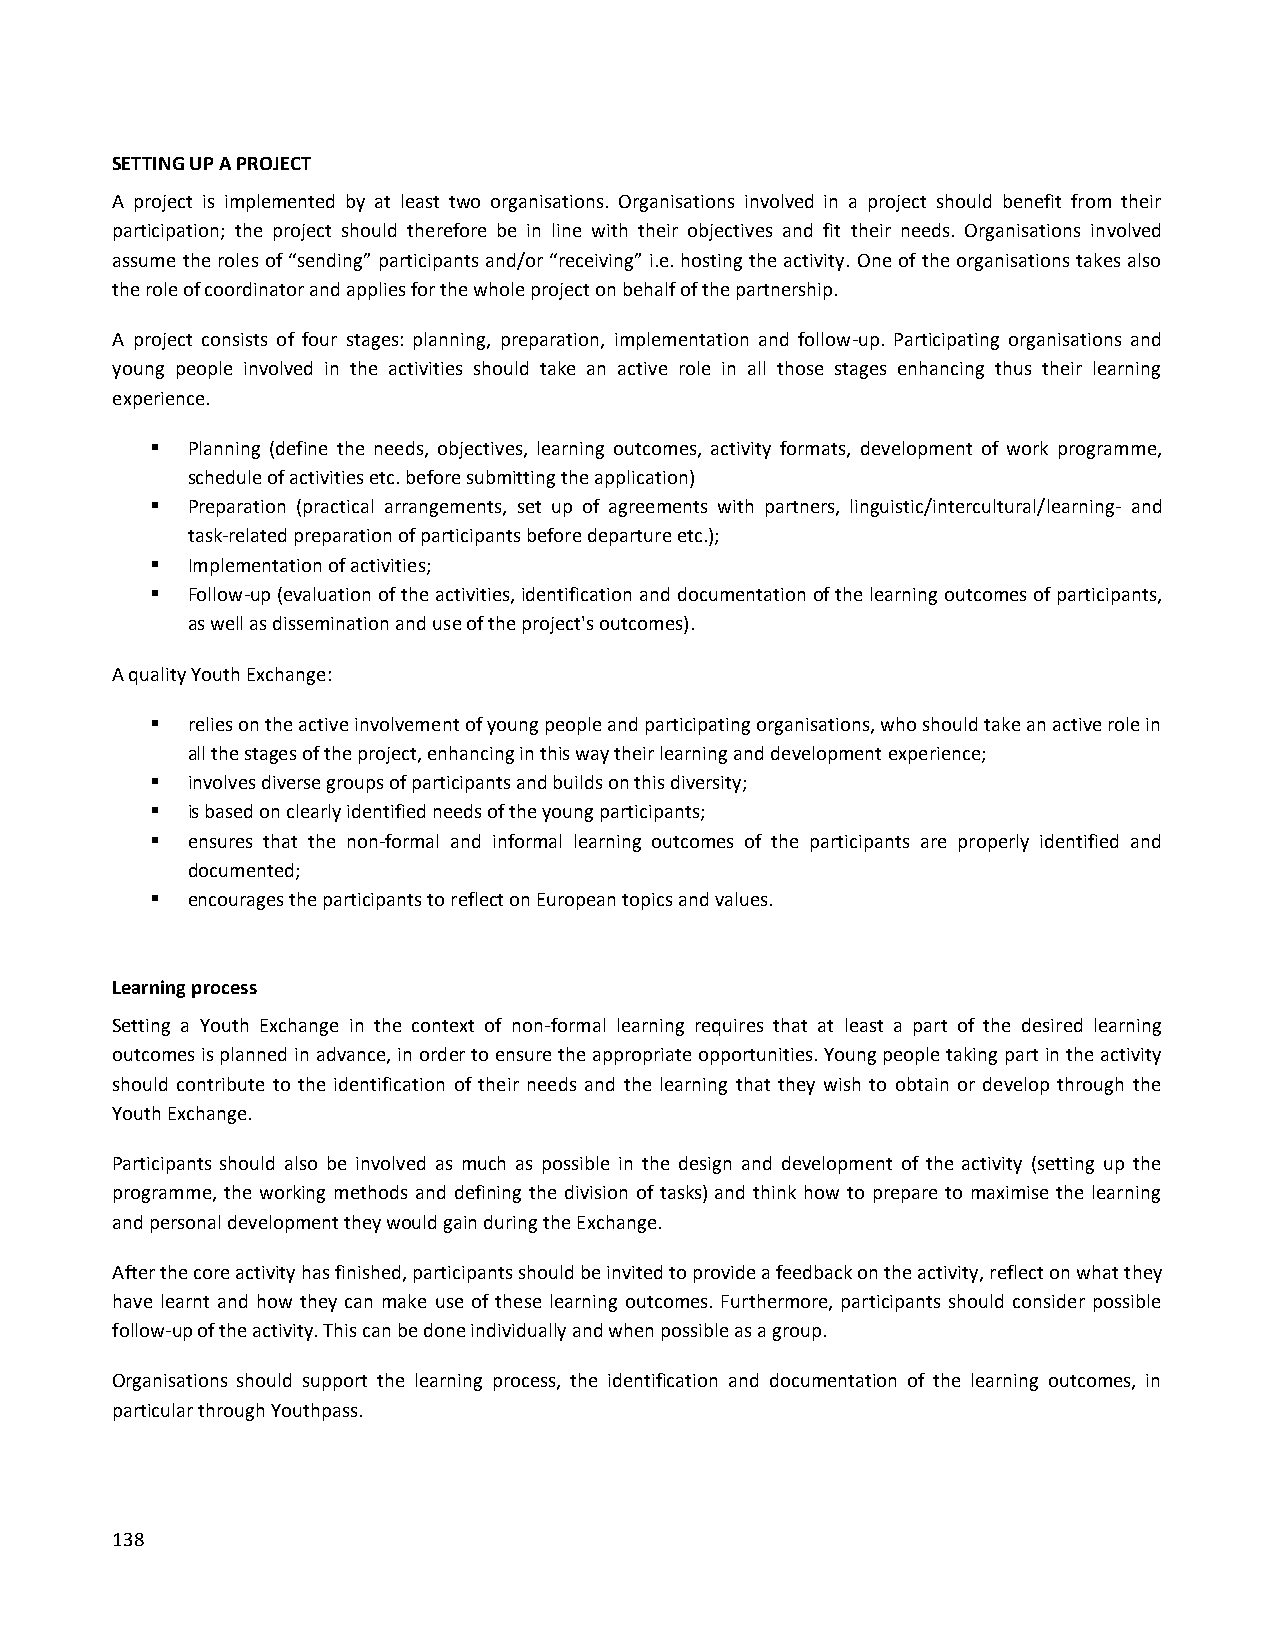
SETTING UP A PROJECT
 A project is implemented by at least two organisations. Organisations involved in a project should benefit from their
 participation; the project should therefore be in line with their objectives and fit their needs. Organisations involved
 assume the roles of “sending” participants and/or “receiving” i.e. hosting the activity. One of the organisations takes also
 the role of coordinator and applies for the whole project on behalf of the partnership.
 A project consists of four stages: planning, preparation, implementation and follow-up. Participating organisations and
 young people involved in the activities should take an active role in all those stages enhancing thus their learning
 experience.
  Planning (define the needs, objectives, learning outcomes, activity formats, development of work programme,
 schedule of activities etc. before submitting the application)
  Preparation (practical arrangements, set up of agreements with partners, linguistic/intercultural/learning- and
 task-related preparation of participants before departure etc.);
  Implementation of activities;
  Follow-up (evaluation of the activities, identification and documentation of the learning outcomes of participants,
 as well as dissemination and use of the project's outcomes).
 A quality Youth Exchange:
  relies on the active involvement of young people and participating organisations, who should take an active role in
 all the stages of the project, enhancing in this way their learning and development experience;
  involves diverse groups of participants and builds on this diversity;
  is based on clearly identified needs of the young participants;
  ensures that the non-formal and informal learning outcomes of the participants are properly identified and
 documented;
  encourages the participants to reflect on European topics and values.
 Learning process
 Setting a Youth Exchange in the context of non-formal learning requires that at least a part of the desired learning
 outcomes is planned in advance, in order to ensure the appropriate opportunities. Young people taking part in the activity
 should contribute to the identification of their needs and the learning that they wish to obtain or develop through the
 Youth Exchange.
 Participants should also be involved as much as possible in the design and development of the activity (setting up the
 programme, the working methods and defining the division of tasks) and think how to prepare to maximise the learning
 and personal development they would gain during the Exchange.
 After the core activity has finished, participants should be invited to provide a feedback on the activity, reflect on what they
 have learnt and how they can make use of these learning outcomes. Furthermore, participants should consider possible
 follow-up of the activity. This can be done individually and when possible as a group.
 Organisations should support the learning process, the identification and documentation of the learning outcomes, in
 particular through Youthpass.
 138